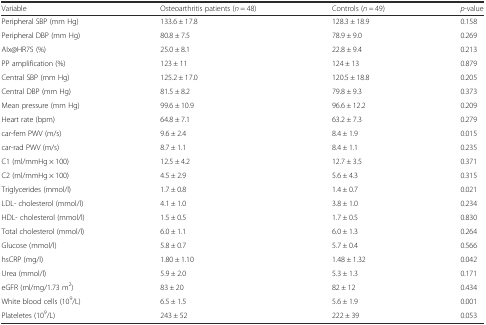
<table><thead><tr><td><b>Variable</b></td><td><b>Osteoarthritis patients (<i>n</i> = 48)</b></td><td><b>Controls (<i>n</i> = 49)</b></td><td><b><i>p</i>-value</b></td></tr></thead><tbody><tr><td>Peripheral SBP (mm Hg)</td><td>133.6 ± 17.8</td><td>128.3 ± 18.9</td><td>0.158</td></tr><tr><td>Peripheral DBP (mm Hg)</td><td>80.8 ± 7.5</td><td>78.9 ± 9.0</td><td>0.269</td></tr><tr><td>AIx@HR75 (%)</td><td>25.0 ± 8.1</td><td>22.8 ± 9.4</td><td>0.213</td></tr><tr><td>PP amplification (%)</td><td>123 ± 11</td><td>124 ± 13</td><td>0.879</td></tr><tr><td>Central SBP (mm Hg)</td><td>125.2 ± 17.0</td><td>120.5 ± 18.8</td><td>0.205</td></tr><tr><td>Central DBP (mm Hg)</td><td>81.5 ± 8.2</td><td>79.8 ± 9.3</td><td>0.373</td></tr><tr><td>Mean pressure (mm Hg)</td><td>99.6 ± 10.9</td><td>96.6 ± 12.2</td><td>0.209</td></tr><tr><td>Heart rate (bpm)</td><td>64.8 ± 7.1</td><td>63.2 ± 7.3</td><td>0.279</td></tr><tr><td>car-fem PWV (m/s)</td><td>9.6 ± 2.4</td><td>8.4 ± 1.9</td><td>0.015</td></tr><tr><td>car-rad PWV (m/s)</td><td>8.7 ± 1.1</td><td>8.4 ± 1.1</td><td>0.235</td></tr><tr><td>C1 (ml/mmHg × 100)</td><td>12.5 ± 4.2</td><td>12.7 ± 3.5</td><td>0.371</td></tr><tr><td>C2 (ml/mmHg × 100)</td><td>4.5 ± 2.9</td><td>5.6 ± 4.3</td><td>0.315</td></tr><tr><td>Triglycerides (mmol/l)</td><td>1.7 ± 0.8</td><td>1.4 ± 0.7</td><td>0.021</td></tr><tr><td>LDL- cholesterol (mmol/l)</td><td>4.1 ± 1.0</td><td>3.8 ± 1.0</td><td>0.234</td></tr><tr><td>HDL- cholesterol (mmol/l)</td><td>1.5 ± 0.5</td><td>1.7 ± 0.5</td><td>0.830</td></tr><tr><td>Total cholesterol (mmol/l)</td><td>6.0 ± 1.1</td><td>6.0 ± 1.3</td><td>0.264</td></tr><tr><td>Glucose (mmol/l)</td><td>5.8 ± 0.7</td><td>5.7 ± 0.4</td><td>0.566</td></tr><tr><td>hsCRP (mg/l)</td><td>1.80 ± 1.10</td><td>1.48 ± 1.32</td><td>0.042</td></tr><tr><td>Urea (mmol/l)</td><td>5.9 ± 2.0</td><td>5.3 ± 1.3</td><td>0.171</td></tr><tr><td>eGFR (ml/mg/1.73 m<sup>2</sup>)</td><td>83 ± 20</td><td>82 ± 12</td><td>0.434</td></tr><tr><td>White blood cells (10<sup>9</sup>/L)</td><td>6.5 ± 1.5</td><td>5.6 ± 1.9</td><td>0.001</td></tr><tr><td>Plateletes (10<sup>9</sup>/L)</td><td>243 ± 52</td><td>222 ± 39</td><td>0.053</td></tr></tbody></table>